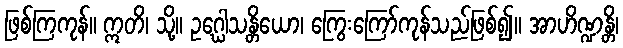
ဖြစ်ကြကုန်။ ဣတိ၊ သို့။ ဥဂ္ဃေါသန္တိယော၊ ကြွေးကြော်ကုန်သည်ဖြစ်၍။ အာဟိဏ္ဍန္တိ၊